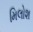
મિલોશ